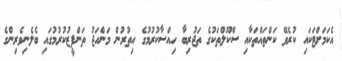
އެކަމަށްޓަކައި ކުރެވޭ ކަންތައްތަކާއި ސްކޫލްތަކުގެ ތަޖުރިބާ ހިއްސާކުރުމުގެ އިތުރުން މަންހަޖު ތަންފީޒުކުރުމުގައި ބެލެނިވެރިންގެ